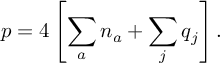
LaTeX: p = 4 \left[ \sum _ { a } n _ { a } + \sum _ { j } q _ { j } \right] .